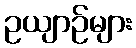
ဥယျာဉ်များ